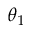
\theta _ { 1 }